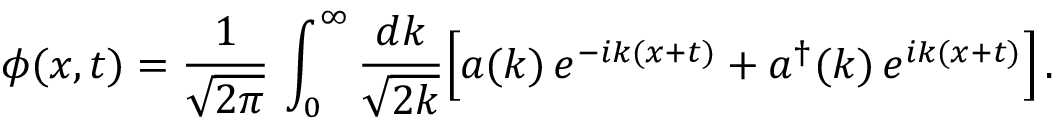
\phi ( x , t ) = \frac { 1 } { \sqrt { 2 \pi } } \, \int _ { 0 } ^ { \infty } \frac { d k } { \sqrt { 2 k } } \Bigl [ a ( k ) \, e ^ { - i k ( x + t ) } + a ^ { \dagger } ( k ) \, e ^ { i k ( x + t ) } \Bigr ] \, .